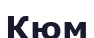
Кюм